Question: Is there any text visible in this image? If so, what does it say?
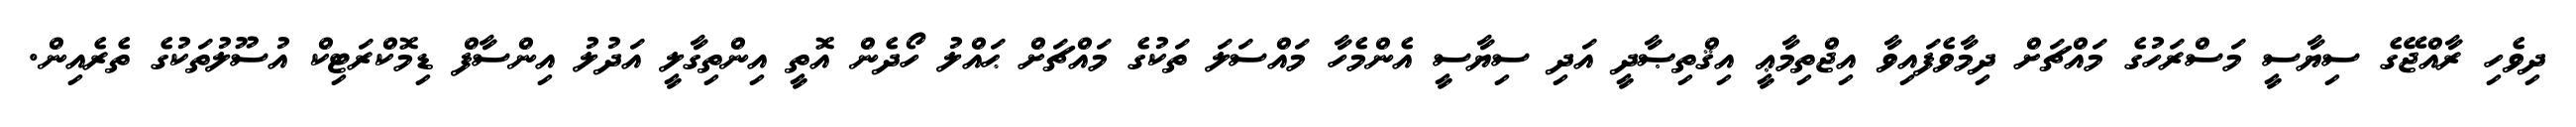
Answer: ދިވެހި ރާއްޖޭގެ ސިޔާސީ މަސްރަހުގެ މައްޗަށް ދިމާވެފައިވާ އިޖްތިމާޢީ އިޤްތިޞާދީ އަދި ސިޔާސީ އެންމެހާ މައްސަލަ ތަކުގެ މައްޗަށް ޙައްލު ހޯދެން އޮތީ އިންތިގާލީ އަދުލު އިންސާފް ޑިމޮކްރަޓިކް އުސޫލުތަކުގެ ތެރެއިން.